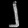
Digit: ၂